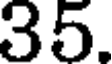
35.